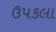
ઉપકલા